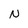
Character: N